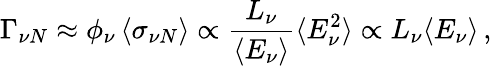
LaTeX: \Gamma_{\nu N}\approx\phi_{\nu}\, \langle\sigma_{\nu N}\rangle\propto{\frac{L_{\nu}}{\langle E_{\nu}\rangle}}\langle E_{\nu}^{2}\rangle\propto L_{\nu}\langle E_{\nu}\rangle\, ,